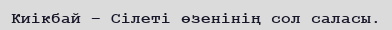
Киікбай – Сілеті өзенінің сол саласы.